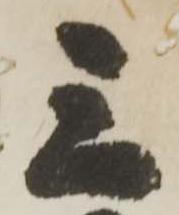
三